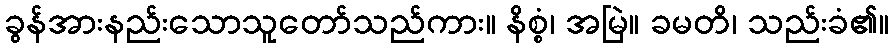
ခွန်အားနည်းသောသူတော်သည်ကား။ နိစ္စံ၊ အမြဲ။ ခမတိ၊ သည်းခံ၏။